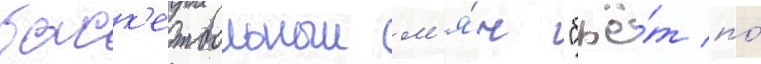
баск'етбольныи м'я́ч "бьё́т по́